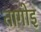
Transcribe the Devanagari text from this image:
तागोइ